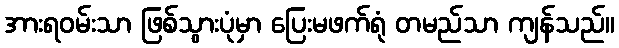
အားရဝမ်းသာ ဖြစ်သွားပုံမှာ ပြေးမဖက်ရုံ တမည်သာ ကျန်သည်။